Indian journal of veterinary science and animal husbandry - Volumes 15-17, 1948-1951
Year: 1948
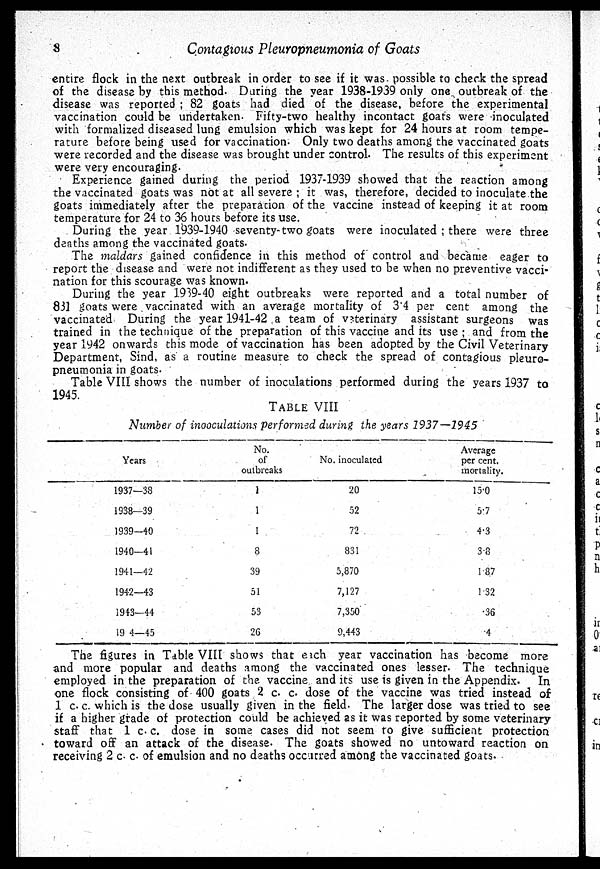
8
Contagious Pleuropneumonia of Goats
entire flock in the next outbreak in order to see if it was. possible to check the spread
of the disease by this method. During the year 1938-1939 only one outbreak of the
disease was reported; 82 goats had died of the disease, before the experimental
vaccination could be undertaken. Fifty-two healthy incontact goat's were inoculated
with formalized diseased lung emulsion which was kept for 24 hours at room tempe-
rature before being used for vaccination. Only two deaths among the vaccinated goats
were recorded and the disease was brought under control. The results of this experiment
were very encouraging.
Experience gained during the period 1937-1939 showed that the reaction among
the vaccinated goats was not at all severe; it was, therefore, decided to inoculate the
goats immediately after the preparation of the vaccine instead of keeping it at room
temperature for 24 to 36 hours before its use.
During the year 1939-1940 seventy-two goats were inoculated; there were three
deaths among the vaccinated goats.
The maldars gained confidence in this method of control and became eager to
report the disease and were not indifferent as they used to be when no preventive vacci-
nation for this scourage was known.
During the year 1939-40 eight outbreaks were reported and a total number of
831 goats were vaccinated with an average mortality of 3.4 per cent among the
vaccinated During the year 1941-42 a team of veterinary assistant surgeons was
trained in the technique of the preparation of this vaccine and its use; and from the
year 1942 onwards this mode of vaccination has been adopted by the Civil Veterinary
Department, Sind, as a routine measure to check the spread of contagious pleuro-
pneumonia in goats.
Table VIII shows the number of inoculations performed during the years 1937 to
1945.
TABLE VIII
Number of inooculations performed during the years 1937—1945
Years
1937—38
1938—39
1939—40
1940—41
1941—42
1942—43
1943—44
1944—45
No.
of
outbreaks
1
1
1
8
39
51
53
26
No. inoculated
20
52
72
831
5,870
7,127
7,350
9,443
Average
per cent.
mortality.
15.0
5.7
4.3
3 8
1.87
1.32
.36
.4
The figures in Table VIII shows that each year vaccination has become more
and more popular and deaths among the vaccinated ones lesser. The technique
employed in the preparation of the vaccine and its use is given in the Appendix. In
one flock consisting of 400 goats 2 c. c dose of the vaccine was tried instead of
1 c. c. which is the dose usually given in the field. The larger dose was tried to see
if a higher grade of protection could be achieved as it was reported by some veterinary
staff that 1 c. c. dose in some cases did not seem to give sufficient protection
toward off an attack of the disease. The goats showed no untoward reaction on
receiving 2 c. c. of emulsion and no deaths occurred among the vaccinated goats.